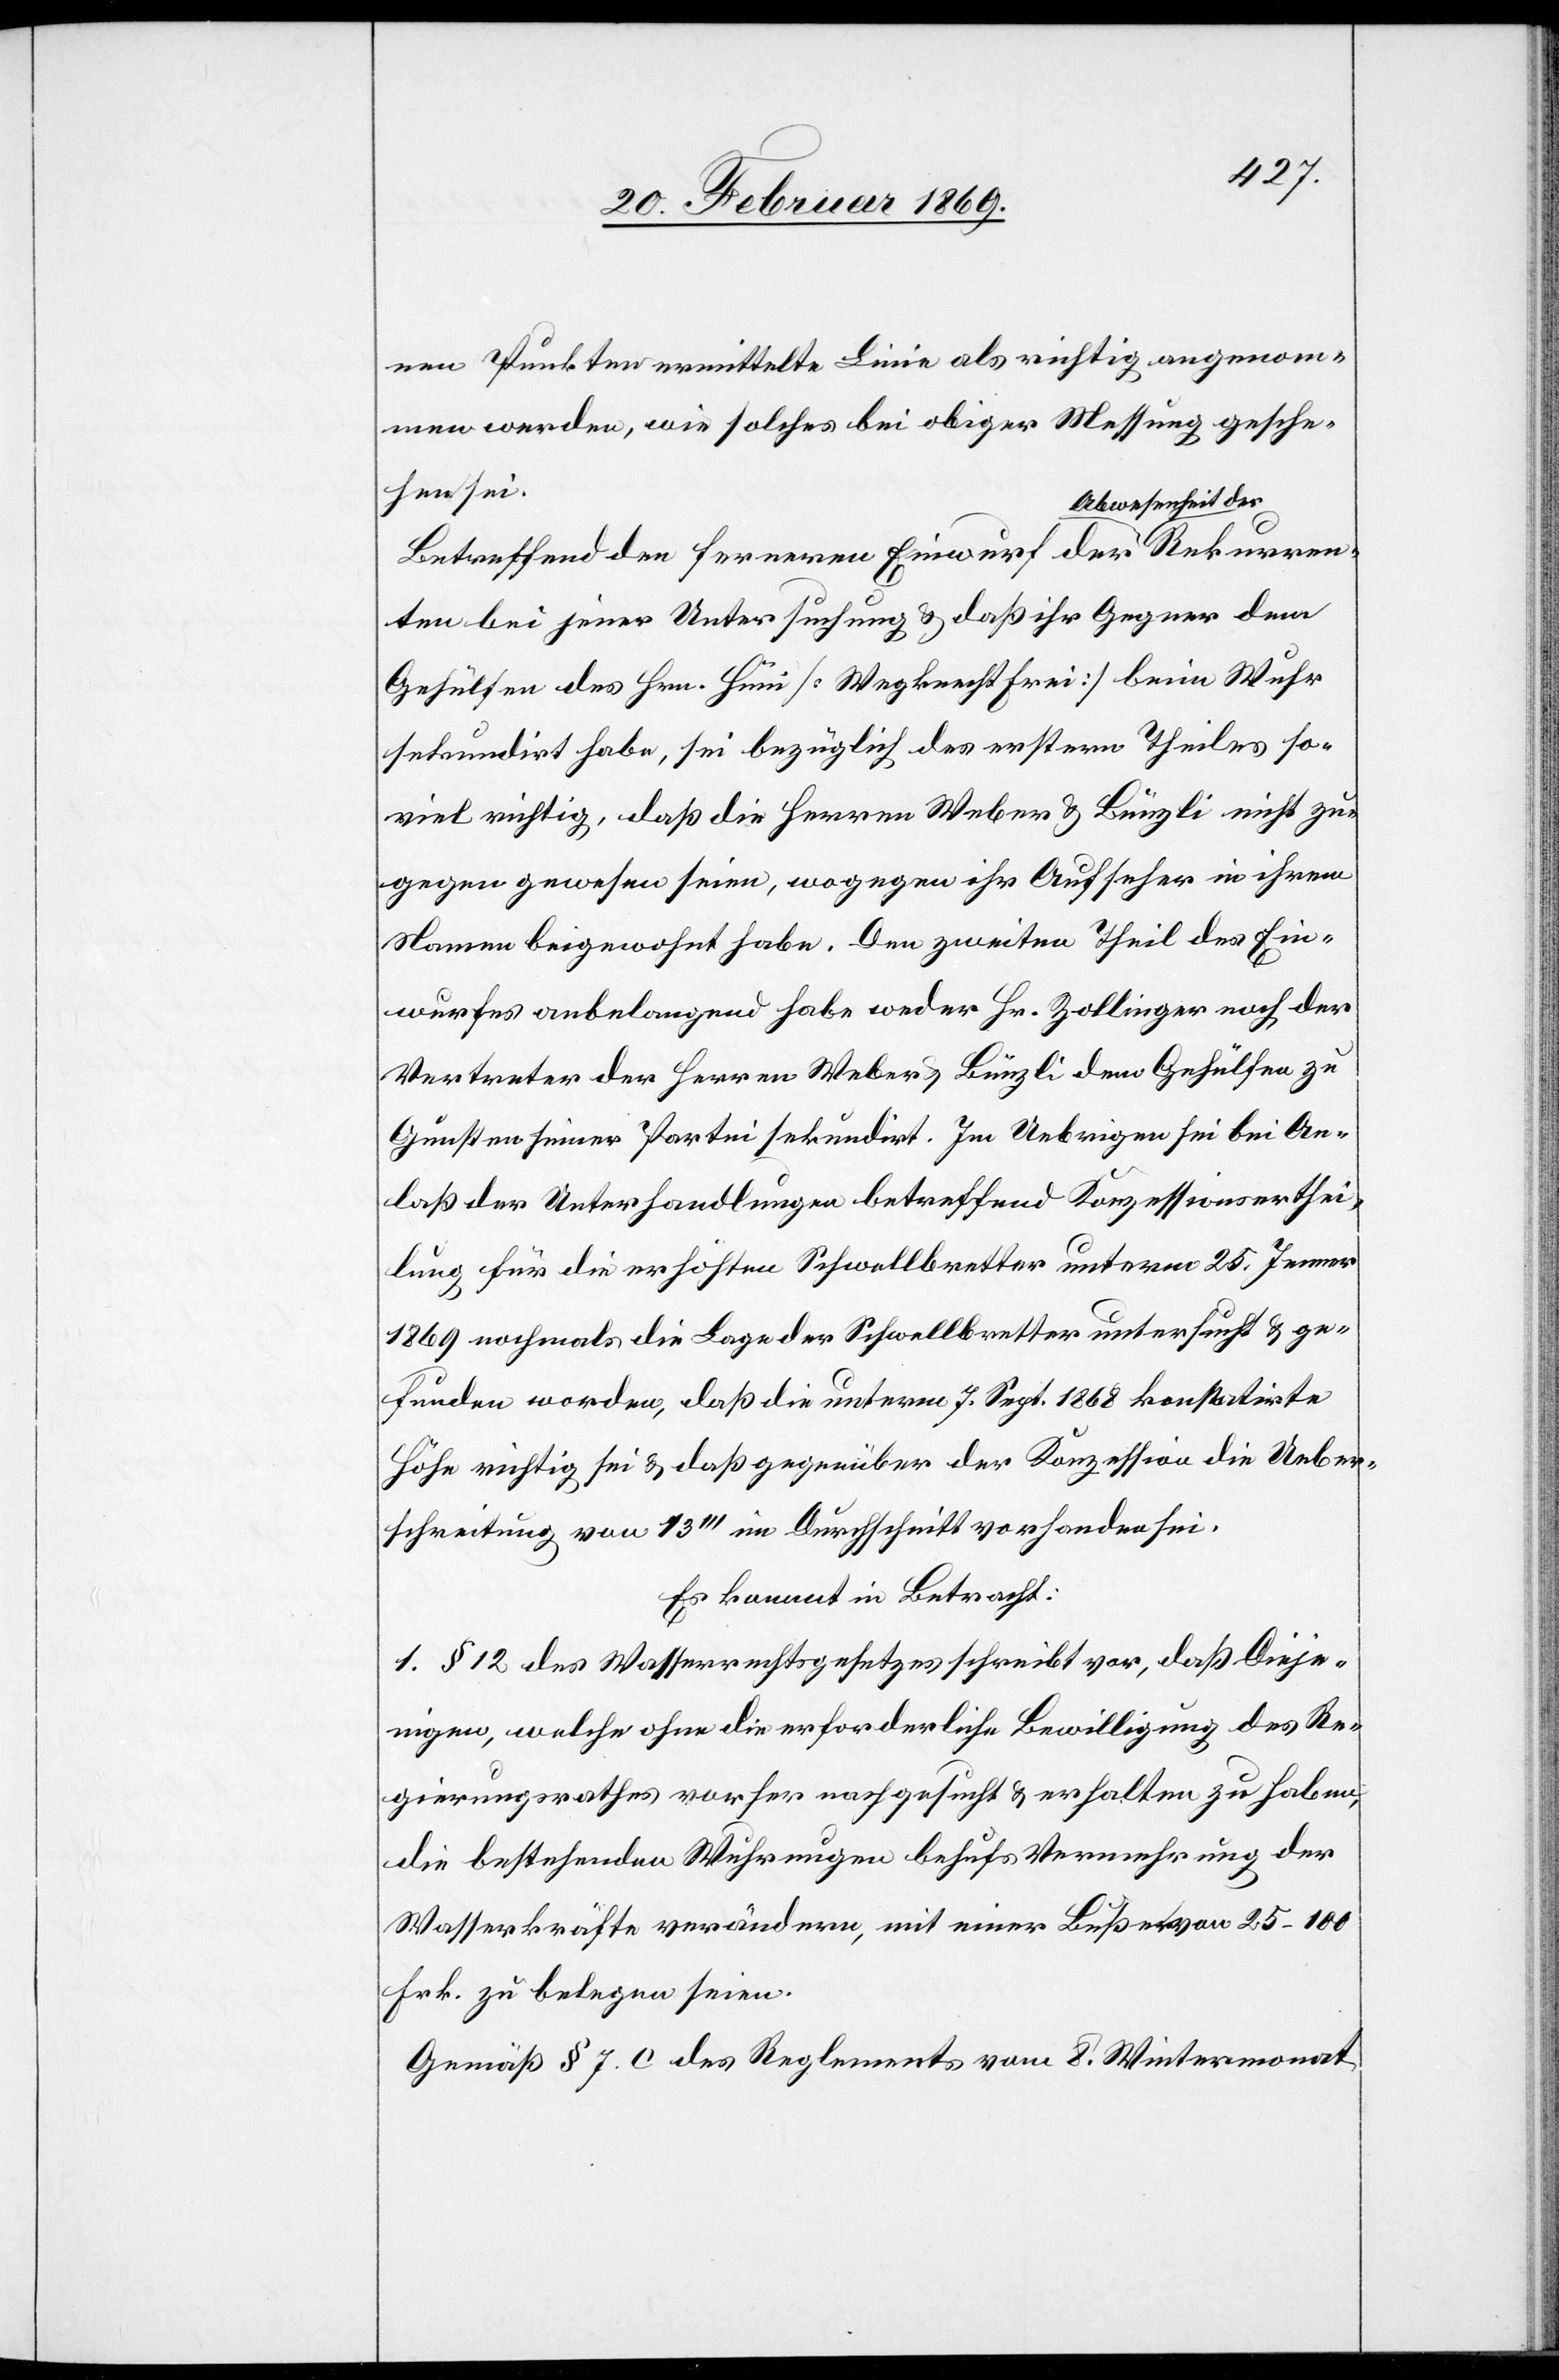
Rekurr¬
nen Punkten vermittelte Linie als richtig angenom¬
men werden, wie solches bei obiger Messung gesche¬
hen sei.
Betreffend den ferneren Einwurf der Abwesenheit
enten bei jener Untersuchung u. daß ihr Gegner dem
Gehülfen des Hrn. Hüni [Wegknecht frei] beim Wuhr
sekundirt habe, sei bezüglich des ersterm Theiles so¬
viel richtig, daß die Herren Weber & Bünzli nicht zu¬
gegen gewesen seien, wogegen ihr Aufseher in ihrem
Namen beigewohnt habe. Den zweiten Theil des Ein¬
wurfes angelangend habe weder Hr. Zollinger noch der
Vertreter der Herren Weber & Bünzli dem Gehülfen zu
Gunsten seiner Partei sekundirt. Im Uebrigen sei bei An¬
laß der Unterhandlungen betreffend Konzessionserthei¬
lung für die erhöhten Schwellbretter unterm 25. Jenner
1869 nochmals die Lage der Schwellbretter untersucht & ge¬
funden worden, daß die unterm 7. Sept. 1868 konstatirte
Höhe richtig sei & daß gegenüber der Konzession die Ueber¬
schreitung vom 13’’’ im Durchschnitt vorhanden sei.
Es kommt in Betracht:
1. § 12 des Wasserrechtsgesetzes schreibt vor, daß Dieje¬
nigen, welche ohne die erforderliche Bewilligung des Re¬
gierungsrathes vorher nachgesucht & erhalten zu haben,
die bestehenden Wuhrungen behufs Vermehrung der
Wasserkräfte verändern, mit einer Buße von 25–100
Frk. zu belegen seien.
Gemäß § 7. c des Reglements vom . Wintermonat